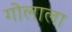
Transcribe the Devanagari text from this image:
गोलाला